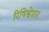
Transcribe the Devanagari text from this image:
रिषिश्वेशर